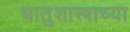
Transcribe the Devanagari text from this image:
धातुशास्त्राच्या